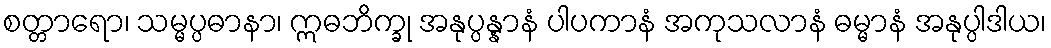
စတ္တာရော၊ သမ္မပ္ပဓာနာ၊ ဣဓဘိက္ခု အနုပ္ပန္နာနံ ပါပကာနံ အကုသလာနံ ဓမ္မာနံ အနုပ္ပါဒါယ၊